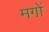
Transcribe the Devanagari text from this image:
मगों